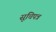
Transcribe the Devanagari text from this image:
सूचिपत्र